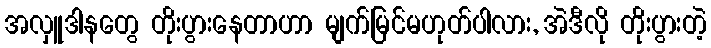
အလှူဒါနတွေ တိုးပွားနေတာဟာ မျက်မြင်မဟုတ်ပါလား, အဲဒီလို တိုးပွားတဲ့